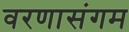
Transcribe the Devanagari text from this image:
वरणासंगम